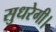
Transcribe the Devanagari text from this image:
सुधरेगी।